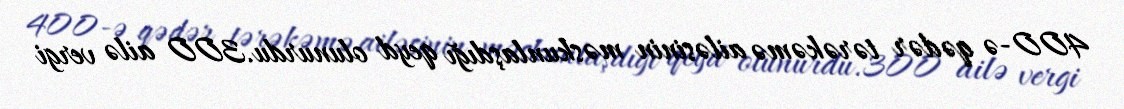
400-ə qədər tərəkəmə ailəsinin məskunlaşdığı qeyd olunurdu.300 ailə vergi